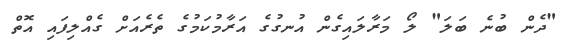
"ދެން ބުނެ ބަލަ" ލޯ މަރާލައިގެން އުނގުގެ އަރާމުކަމުގެ ތެރެއަށް ގެއްލިފައި އޮތް